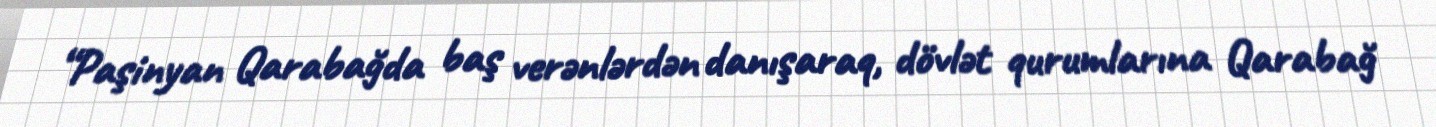
“Paşinyan Qarabağda baş verənlərdən danışaraq, dövlət qurumlarına Qarabağ